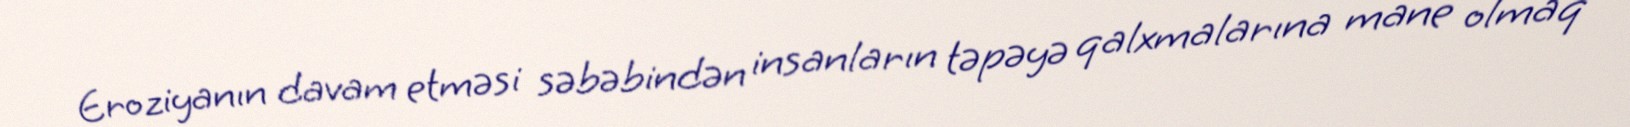
Eroziyanın davam etməsi səbəbindən insanların təpəyə qalxmalarına mane olmaq